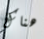
هناك